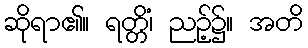
ဆိုရာ၏။ ရတ္တိံ၊ ညဉ့်၌။ အတိ